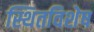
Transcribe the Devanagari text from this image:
स्थितविशेष